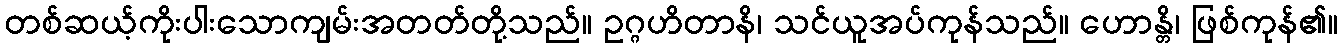
တစ်ဆယ့်ကိုးပါးသောကျမ်းအတတ်တို့သည်။ ဥဂ္ဂဟိတာနိ၊ သင်ယူအပ်ကုန်သည်။ ဟောန္တိ၊ ဖြစ်ကုန်၏။